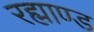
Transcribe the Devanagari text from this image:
रह्माण्ड